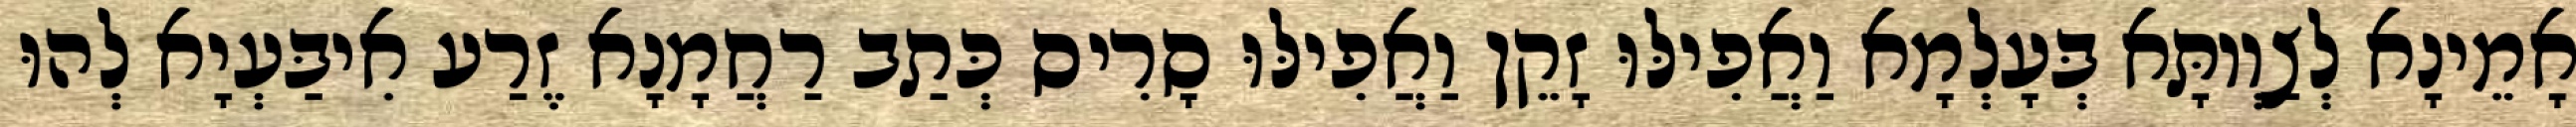
אָמֵינָא לְצַוְותָּא בְּעָלְמָא וַאֲפִילּוּ זָקֵן וַאֲפִילּוּ סָרִיס כְּתַב רַחֲמָנָא זֶרַע אִיבַּעְיָא לְהוּ